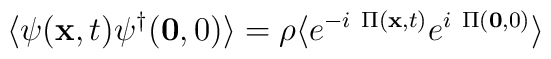
\langle \psi({\bf{x}},t)\psi^{\dagger}({\bf{0}},0) \rangle = \rho\langle e^{-i\mbox{ }\Pi({\bf{x}},t)}e^{i\mbox{ }\Pi({\bf{0}},0)} \rangle